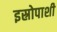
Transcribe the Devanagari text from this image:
इस्रोपाशी